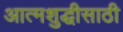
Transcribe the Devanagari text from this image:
आत्मशुद्धीसाठी